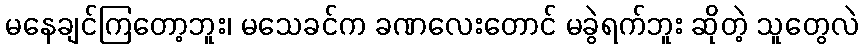
မနေချင်ကြတော့ဘူး၊ မသေခင်က ခဏလေးတောင် မခွဲရက်ဘူး ဆိုတဲ့ သူတွေလဲ